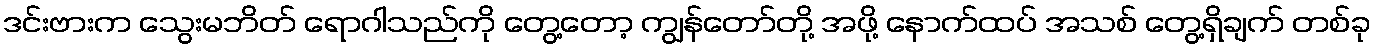
ဒင်းဗားက သွေးမဘိတ် ရောဂါသည်ကို တွေ့တော့ ကျွန်တော်တို့ အဖို့ နောက်ထပ် အသစ် တွေ့ရှိချက် တစ်ခု